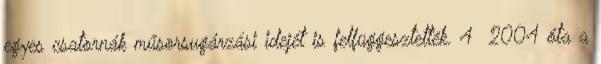
egyes csatornák műsorsugárzási idejét is felfüggesztették. 4 2004 óta a